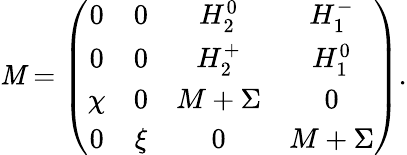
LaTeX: {\cal\mathit{M}}={\left(\begin{array}{cccc}{{0}}&{{0}}&{{H_{2}^{0}}}&{{H_{1}^{-}}}\\ {{0}}&{{0}}&{{H_{2}^{+}}}&{{H_{1}^{0}}}\\ {{\chi}}&{{0}}&{{M+\Sigma}}&{{0}}\\ {{0}}&{{\xi}}&{{0}}&{{M+\Sigma}}\end{array}\right)}.